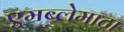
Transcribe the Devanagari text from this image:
एमब्लेमाटा